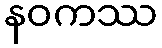
နဝကဿ